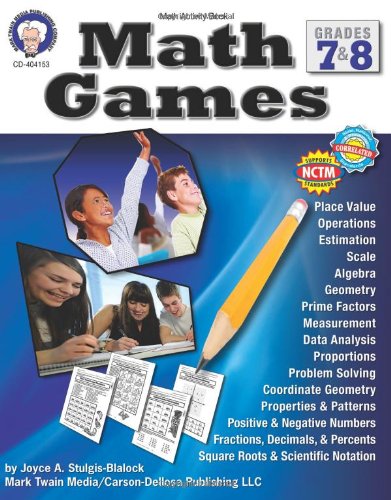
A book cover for Math Games, Grades 7 & 8; Joyce Stulgis-Blalock; Teen & Young Adult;